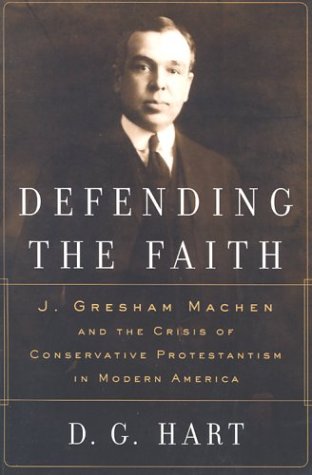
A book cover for Defending the Faith: J. Gresham Machen and the Crisis of Conservative Protestantism in Modern America; D. G. Hart; Christian Books & Bibles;